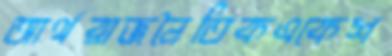
আর্থরাজনৈতিকএকেশ